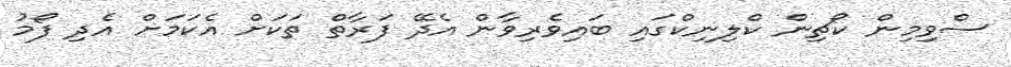
ސްވިމިން ކޯޗިން ކްލިނިކްގައި ބައިވެރިވާން އެދޭ ފަރާތް ތަކަށް އެކަމަށް އެދި ފޯމު